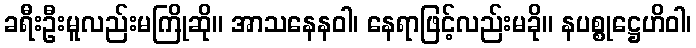
ခရီးဦးမူလည်းမကြိုဆို။ အာသနေနဝါ၊ နေရာဖြင့်လည်းမခို။ နပစ္စုဋ္ဌေဟိဝါ၊